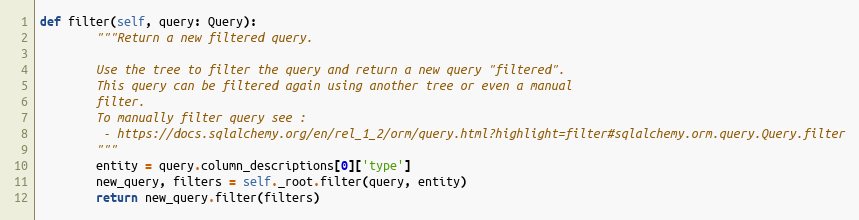
Language: Python
def filter(self, query: Query):
        """Return a new filtered query.

        Use the tree to filter the query and return a new query "filtered".
        This query can be filtered again using another tree or even a manual
        filter.
        To manually filter query see :
         - https://docs.sqlalchemy.org/en/rel_1_2/orm/query.html?highlight=filter#sqlalchemy.orm.query.Query.filter
        """
        entity = query.column_descriptions[0]['type']
        new_query, filters = self._root.filter(query, entity)
        return new_query.filter(filters)